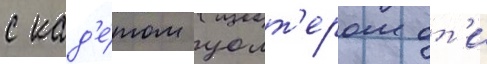
с кад'е́том уолт'ером от'и